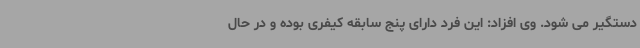
دستگیر می شود. وی افزاد: این فرد دارای پنج سابقه کیفری بوده و در حال